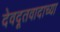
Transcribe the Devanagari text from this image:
देवदूतवादाच्या